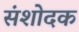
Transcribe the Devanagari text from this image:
संशोदक